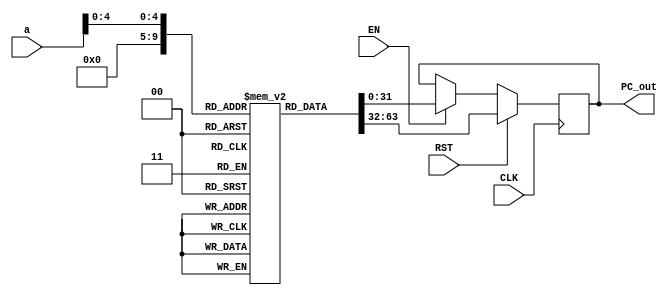
`timescale 1ns / 1ps
//////////////////////////////////////////////////////////////////////////////////
// Company: 
// Engineer: 
// 
// Design Name: 
// Module Name: PC
// Project Name: 
// Target Devices: 
// Tool Versions: 
// Description: 
// 
// Dependencies: 
// 
// Revision:
// Revision 0.01 - File Created
// Additional Comments:
// 
//////////////////////////////////////////////////////////////////////////////////

//added EN so may not work right with single cycle pro
module PC #(parameter WL=32, WL2=32)(
    input CLK,RST,EN,
    output reg [WL-1:0] PC_out,
    input  [WL-1:0] a 
    );
    
    
//    reg [WL-1:0] a_reg;
    reg [WL-1:0] PC_reg [WL2-1:0];   
//    reg [WL-1:0] a_reg = 5'b00000;


    integer i;
   initial begin
    for (i=0; i < 32 ; i =i+1)
    PC_reg[i] = i; 
    end
    

    
    
    
  
    always @(posedge CLK) begin

   if(RST)     // must wait full period
   PC_out = PC_reg[0];
   
   else if(EN)            //added EN
    PC_out = PC_reg[a];
  
   
    

    end
    

    
    
    
    
endmodule